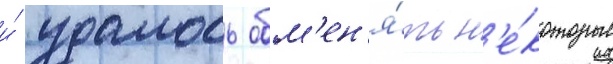
и́ удалось обм'ен'я́ть н'е́которые